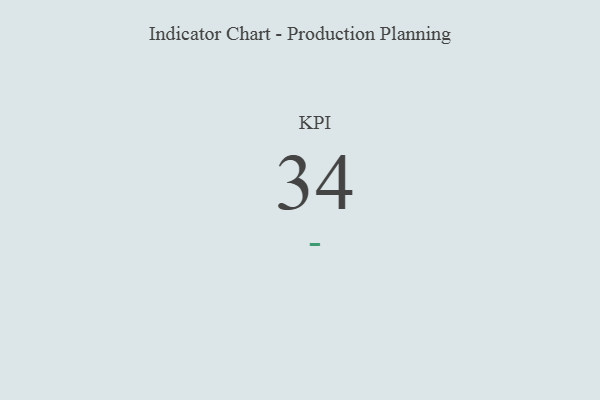
{"axis": {"x": "KPI", "y": "Value"}, "legend": [""], "data": [{"x": "KPI", "y": 34, "type": ""}]}